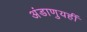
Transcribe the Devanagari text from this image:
अंडाणुयहीं